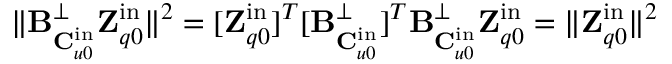
\| \mathbf { B } _ { \mathbf { C } _ { u 0 } ^ { \mathrm { i n } } } ^ { \perp } \mathbf { Z } _ { q 0 } ^ { \mathrm { i n } } \| ^ { 2 } = [ \mathbf { Z } _ { q 0 } ^ { \mathrm { i n } } ] ^ { T } [ \mathbf { B } _ { \mathbf { C } _ { u 0 } ^ { \mathrm { i n } } } ^ { \perp } ] ^ { T } \mathbf { B } _ { \mathbf { C } _ { u 0 } ^ { \mathrm { i n } } } ^ { \perp } \mathbf { Z } _ { q 0 } ^ { \mathrm { i n } } = \| \mathbf { Z } _ { q 0 } ^ { \mathrm { i n } } \| ^ { 2 }